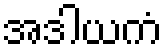
အဒါယကံ